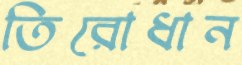
তিরোধান